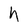
Character: h